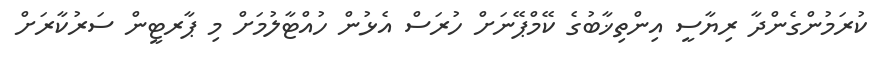
ކުރަމުންގެންދާ ރިޔާސީ އިންތިޚާބުގެ ކޭމްޕޭނަށް ހުރަސް އެޅުން ހުއްޓާލުމަށް މި ޕާރޓީން ސަރުކާރަށް